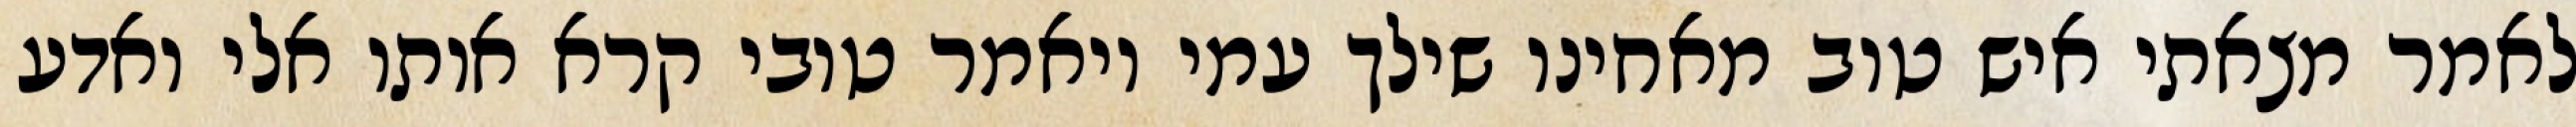
לאמר מצאתי איש טוב מאחינו שילך עמי ויאמר טובי קרא אותו אלי ואדע